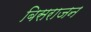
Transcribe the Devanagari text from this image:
बिसराजन